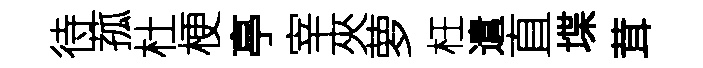
待菰杜梗亭宰夾萝枉遣直堞茸